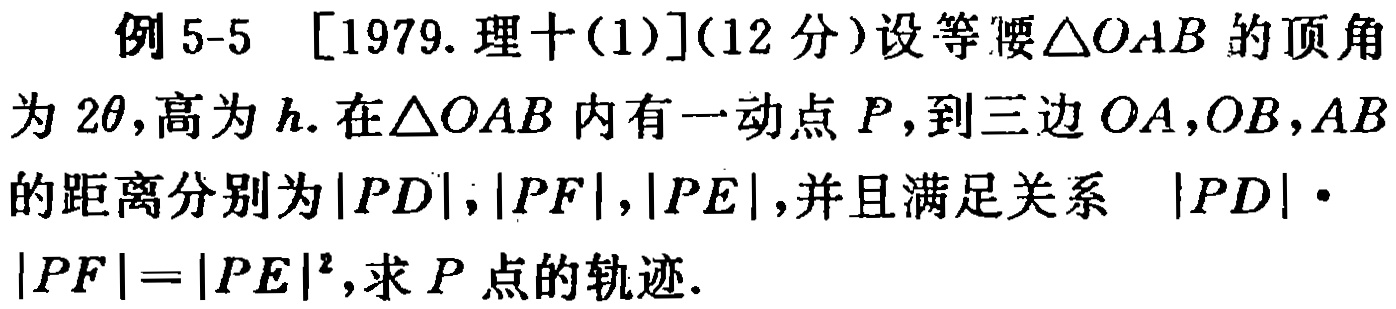
例 5-5 [1979.理十(1)](12 分)设等腰\(\triangle OAB\)的顶角为 \(2\theta\),高为 \(h\).在\(\triangle OAB\)内有一动点 \(P\),到三边 \(OA\),\(OB\),\(AB\)的距离分别为\(\vert PD\vert\),\(\vert PF\vert\),\(\vert PE\vert\),并且满足关系 \(\vert PD\vert\cdot\vert PF\vert = \vert PE\vert^{2}\),求 \(P\)点的轨迹.